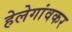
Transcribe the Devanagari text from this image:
हेलेगांवकर